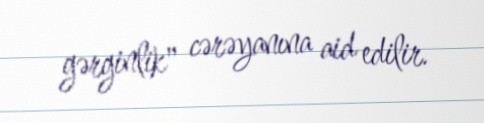
gərginlik" cərəyanına aid edilir.